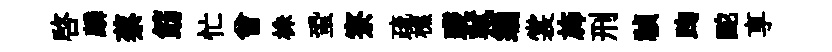
啓麟蔡筯忙曾株蛩寮疏樵躞軾编裳斾刑禎踘酡享